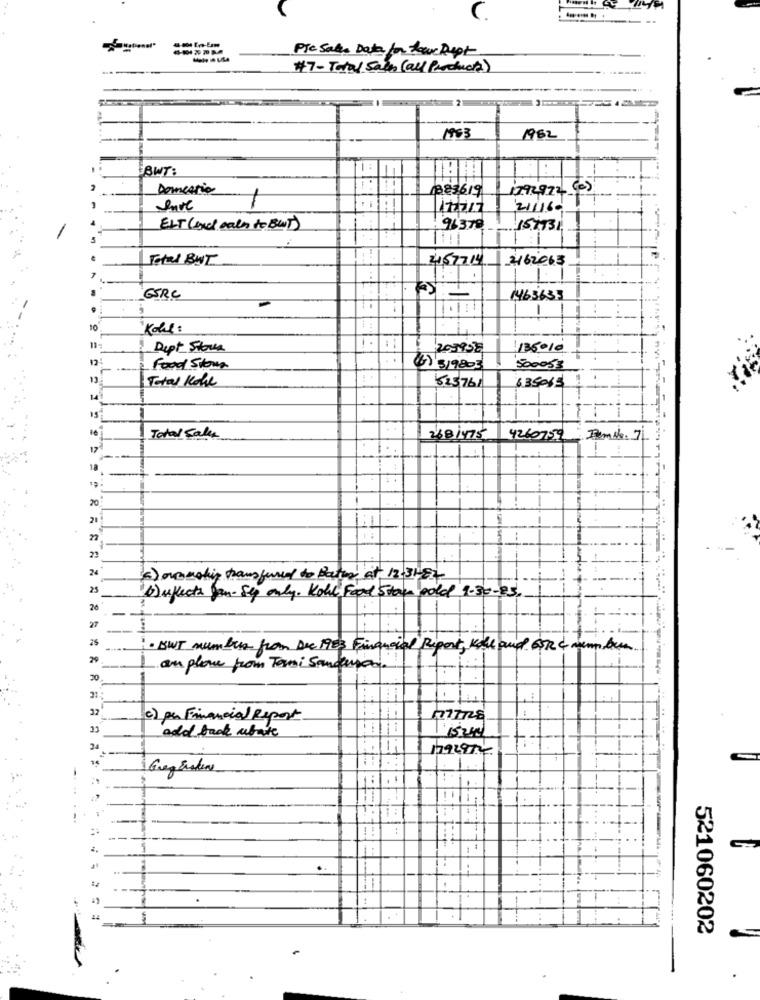
Psc Sales Data for Love Rept
#7-Total Sales (all Products)
21
1953
1982
BWT:
1:
Domestic
083619
1792922 (0)
enve
17/2017
21/160
ELT (and call to BUT)
96378
154931
Total BUT
457714
2162063
1
GSRC
1463633
1:1
10
Kohl:
Dept Store
20-1998
135010
Food Stown
(6) 319803
500053
13
Total Kole
625761
35065
Total Sales
2681475
4260759
18
20
22
24
(4) overskip transferred to Bater at 12-3HEZ
25
b) ukects fan- Sep only. Kohl Food Stan pold 9.30-23.
26
· BWT number from Die 1983 Financial Report, Kall and BOR 4 mm bun
29
- am plone from Tori Sangupon.
20
, 1
32
c) per Financial Report
2777728
23
add back ubate
34
1792972
-
..
-- +-
-....-.
- :
521060202